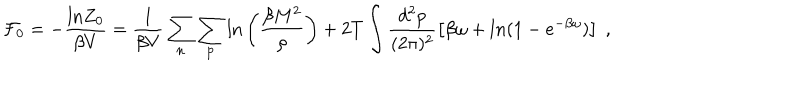
{ \cal F } _ { 0 } = - \frac { \mathrm { l n } Z _ { 0 } } { \beta V } = \frac { 1 } { \beta V } \sum _ { n } \sum _ { \bf p } \mathrm { l n } \left( \frac { \beta M ^ { 2 } } { \rho } \right) + 2 T \int \frac { d ^ { 2 } p } { ( 2 \pi ) ^ { 2 } } \left[ \beta \omega + l n ( 1 - e ^ { - \beta \omega } ) \right] \; ,